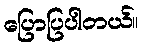
ပြောပြပါတယ်။